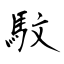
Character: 馼